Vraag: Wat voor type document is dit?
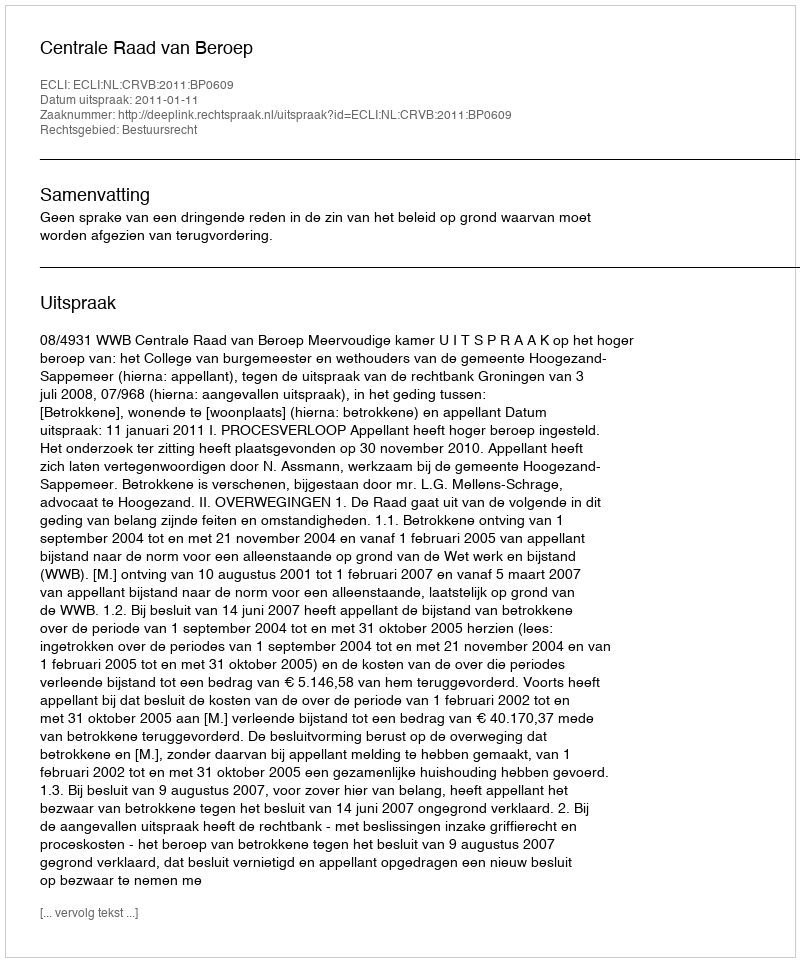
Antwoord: Uitspraak